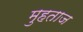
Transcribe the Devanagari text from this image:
मुहताज